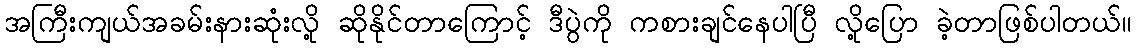
အကြီးကျယ်အခမ်းနားဆုံးလို့ ဆိုနိုင်တာကြောင့် ဒီပွဲကို ကစားချင်နေပါပြီ လို့ပြော ခဲ့တာဖြစ်ပါတယ်။